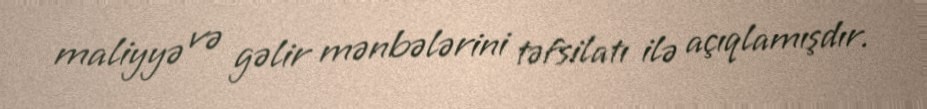
maliyyə və gəlir mənbələrini təfsilatı ilə açıqlamışdır.